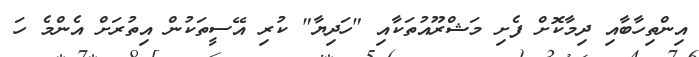
އިންތިހާބާއި ދިމާކޮށް ފެށި މަޝްރޫއުތަކާއި "ހަދިޔާ" ކުރި އޭސީތަކުން އިތުރަށް އެންމެ ހަ